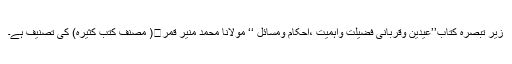
زیر تبصرہ کتاب’’عیدین وقربانی فضیلت واہمیت ،احکام ومسائل ‘‘ مولانا محمد منیر قمر﷾( مصنف کتب کثیرہ) کی تصنیف ہے۔